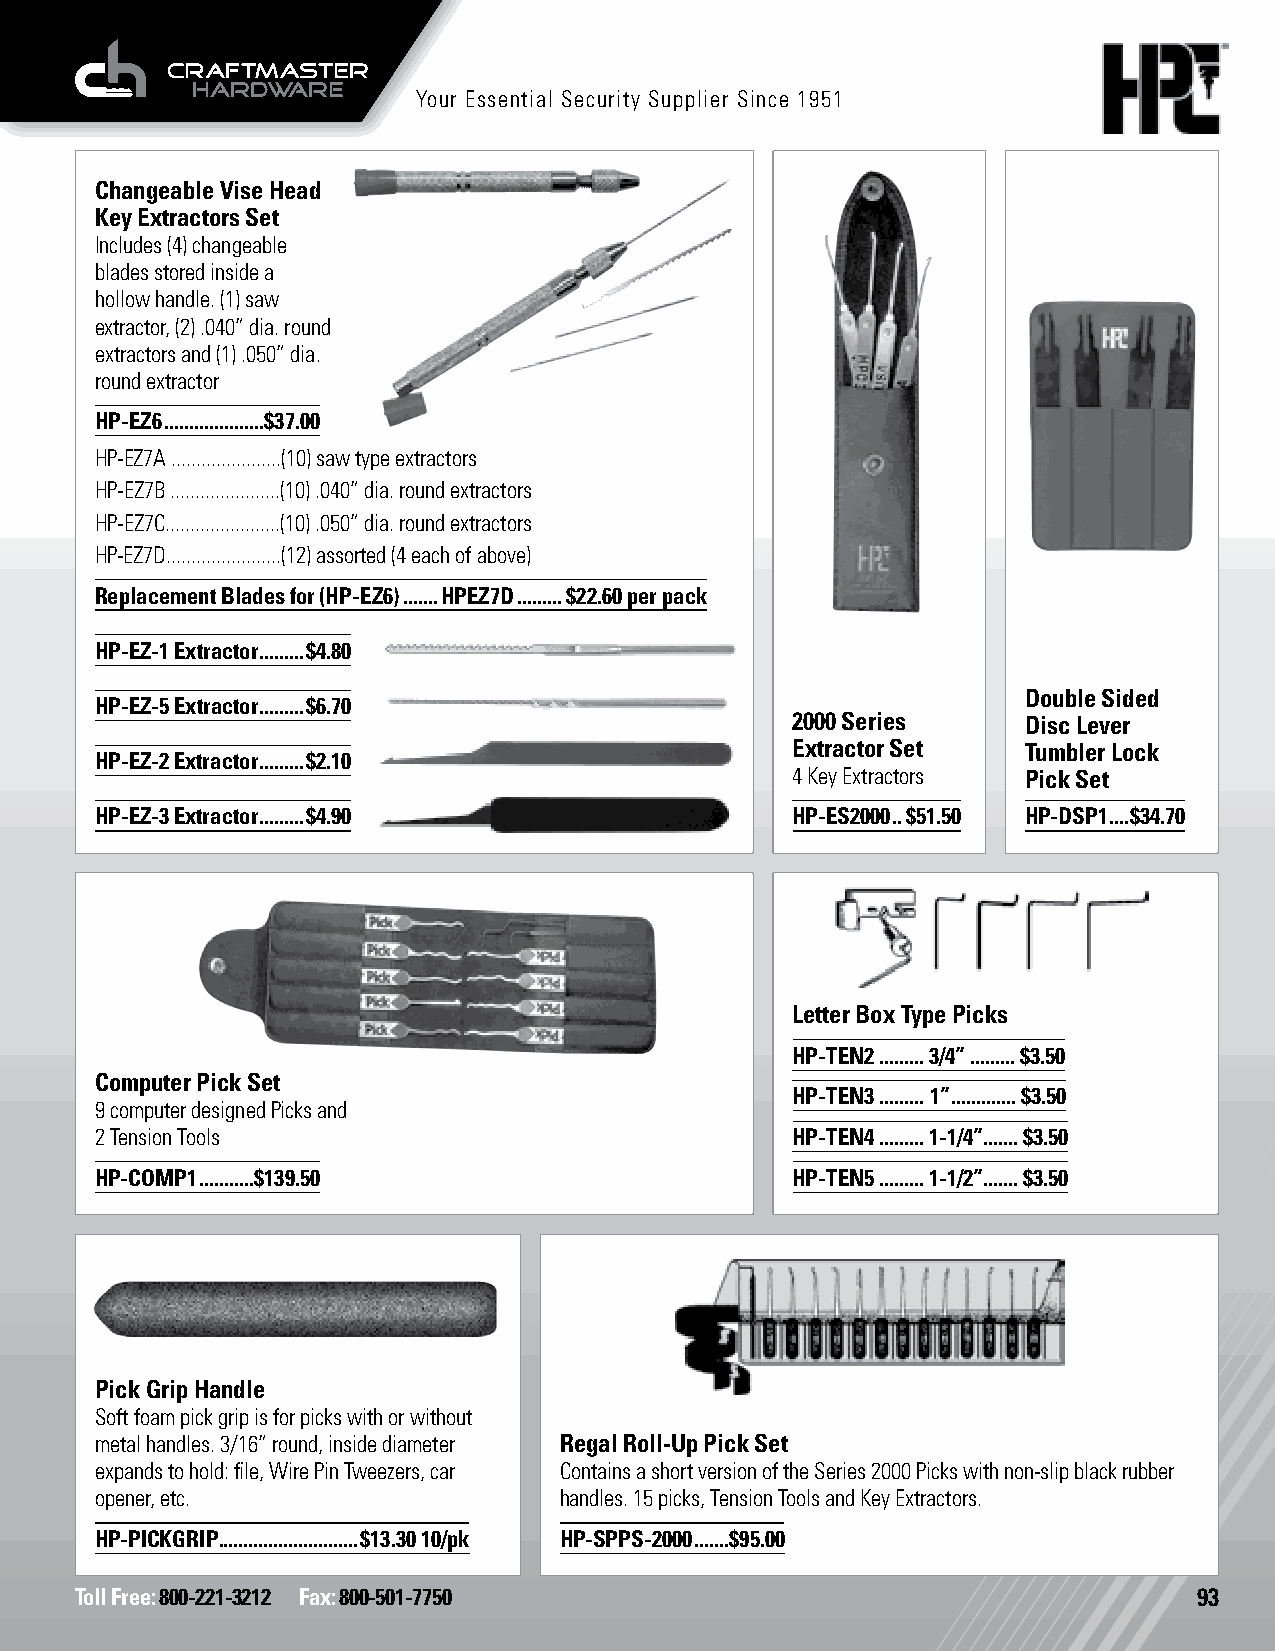
Your Essential Security Supplier Since 1951
 Changeable Vise Head
 Key Extractors Set
 Includes (4) changeable
 blades stored inside a
 hollow handle. (1) saw
 extractor, (2) .040” dia. round
 extractors and (1) .050” dia.
 round extractor
 HP-EZ6 ....................$37.00
 HP-EZ7A ......................(10) saw type extractors
 HP-EZ7B ......................(10) .040” dia. round extractors
 HP-EZ7C.......................(10) .050” dia. round extractors
 HP-EZ7D.......................(12) assorted (4 each of above)
 Replacement Blades for (HP-EZ6) .......HPEZ7D .........$22.60 per pack
 HP-EZ-1 Extractor .........$4.80
 Picks
 Picks           Double Sided
 HP-EZ-5 Extractor .........$6.70
 2000 Series     Disc Lever
 Extractor Set   Tumbler Lock
 HP-EZ-2 Extractor .........$2.10
 4 Key Extractors Pick Set
 HP-EZ-3 Extractor .........$4.90              HP-ES2000 ..$51.50 HP-DSP1 ....$34.70
 Letter Box Type Picks
 HP-TEN2 ......... 3/4” ......... $3.50
 Computer Pick Set
 HP-TEN3 ......... 1”............. $3.50
 9 computer designed Picks and
 2 Tension Tools                               HP-TEN4 ......... 1-1/4”....... $3.50
 HP-COMP1 ...........$139.50                   HP-TEN5 ......... 1-1/2”....... $3.50
 Pick Grip Handle
 Soft foam pick grip is for picks with or without
 metal handles. 3/16” round, inside diameter Regal Roll-Up Pick Set
 expands to hold: file, Wire Pin Tweezers, car Contains a short version of the Series 2000 Picks with non-slip black rubber
 opener, etc.                   handles. 15 picks, Tension Tools and Key Extractors.
 HP-PICKGRIP ............................$13.30 10/pk HP-SPPS-2000 .......$95.00
 Toll Free: 800-221-3212 Fax: 800-501-7750                                 93